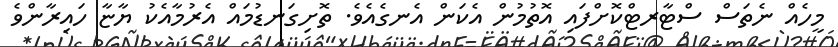
މީހެއް ނެތަސް ސްޓާރޓްކޮށްފައި އޮތުމުން އެކަން އެނގެއެވެ. ތޮށިގަނޑުމައް އެރުމާއެކު ޔާޏާ ހައިރާންވެ